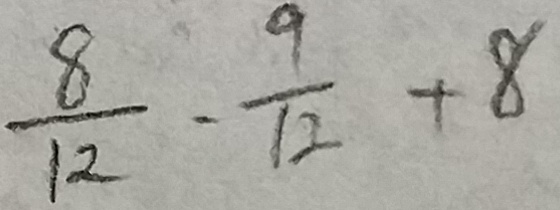
\frac { 8 } { 1 2 } - \frac { 9 } { 1 2 } + 8